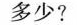
多少?